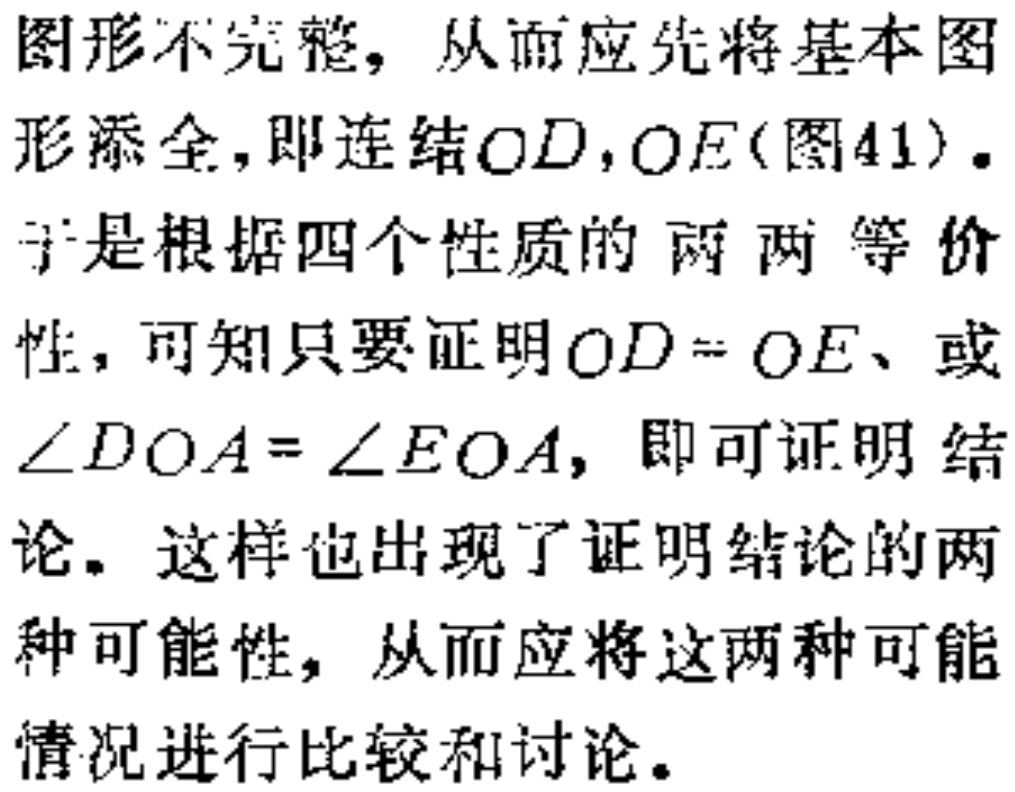
图形不完整，从而应先将基本图形添全，即连结\(OD,OE\)(图41)。
于是根据四个性质的两两等价性，可知只要证明\(OD = OE\)、或\(\angle DOA=\angle EOA\)，即可证明结论。这样也出现了证明结论的两种可能性，从而应将这两种可能情况进行比较和讨论。